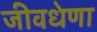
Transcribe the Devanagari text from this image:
जीवधेणा